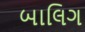
બાલિગ